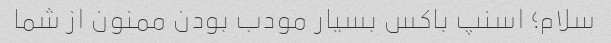
سلام؛ اسنپ باکس بسیار مودب بودن ممنون از شما